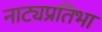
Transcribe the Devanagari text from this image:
नाट्यप्रतिभा